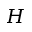
H